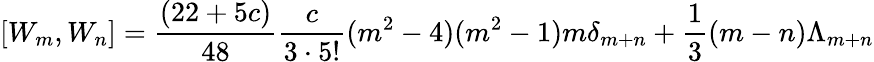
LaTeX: [W_{m},W_{n}]={\frac{(22+5c)}{48}}{\frac{c}{3\cdot 5!}}(m^{2}-4)(m^{2}-1)m\delta_{m+n}+{\frac{1}{3}}(m-n)\Lambda_{m+n}